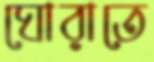
ঘোরাতে